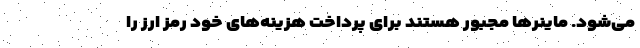
می‌شود. ماینر‌ها مجبور هستند برای پرداخت هزینه‌های خود رمز ارز را